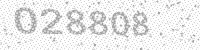
Solution: 028808